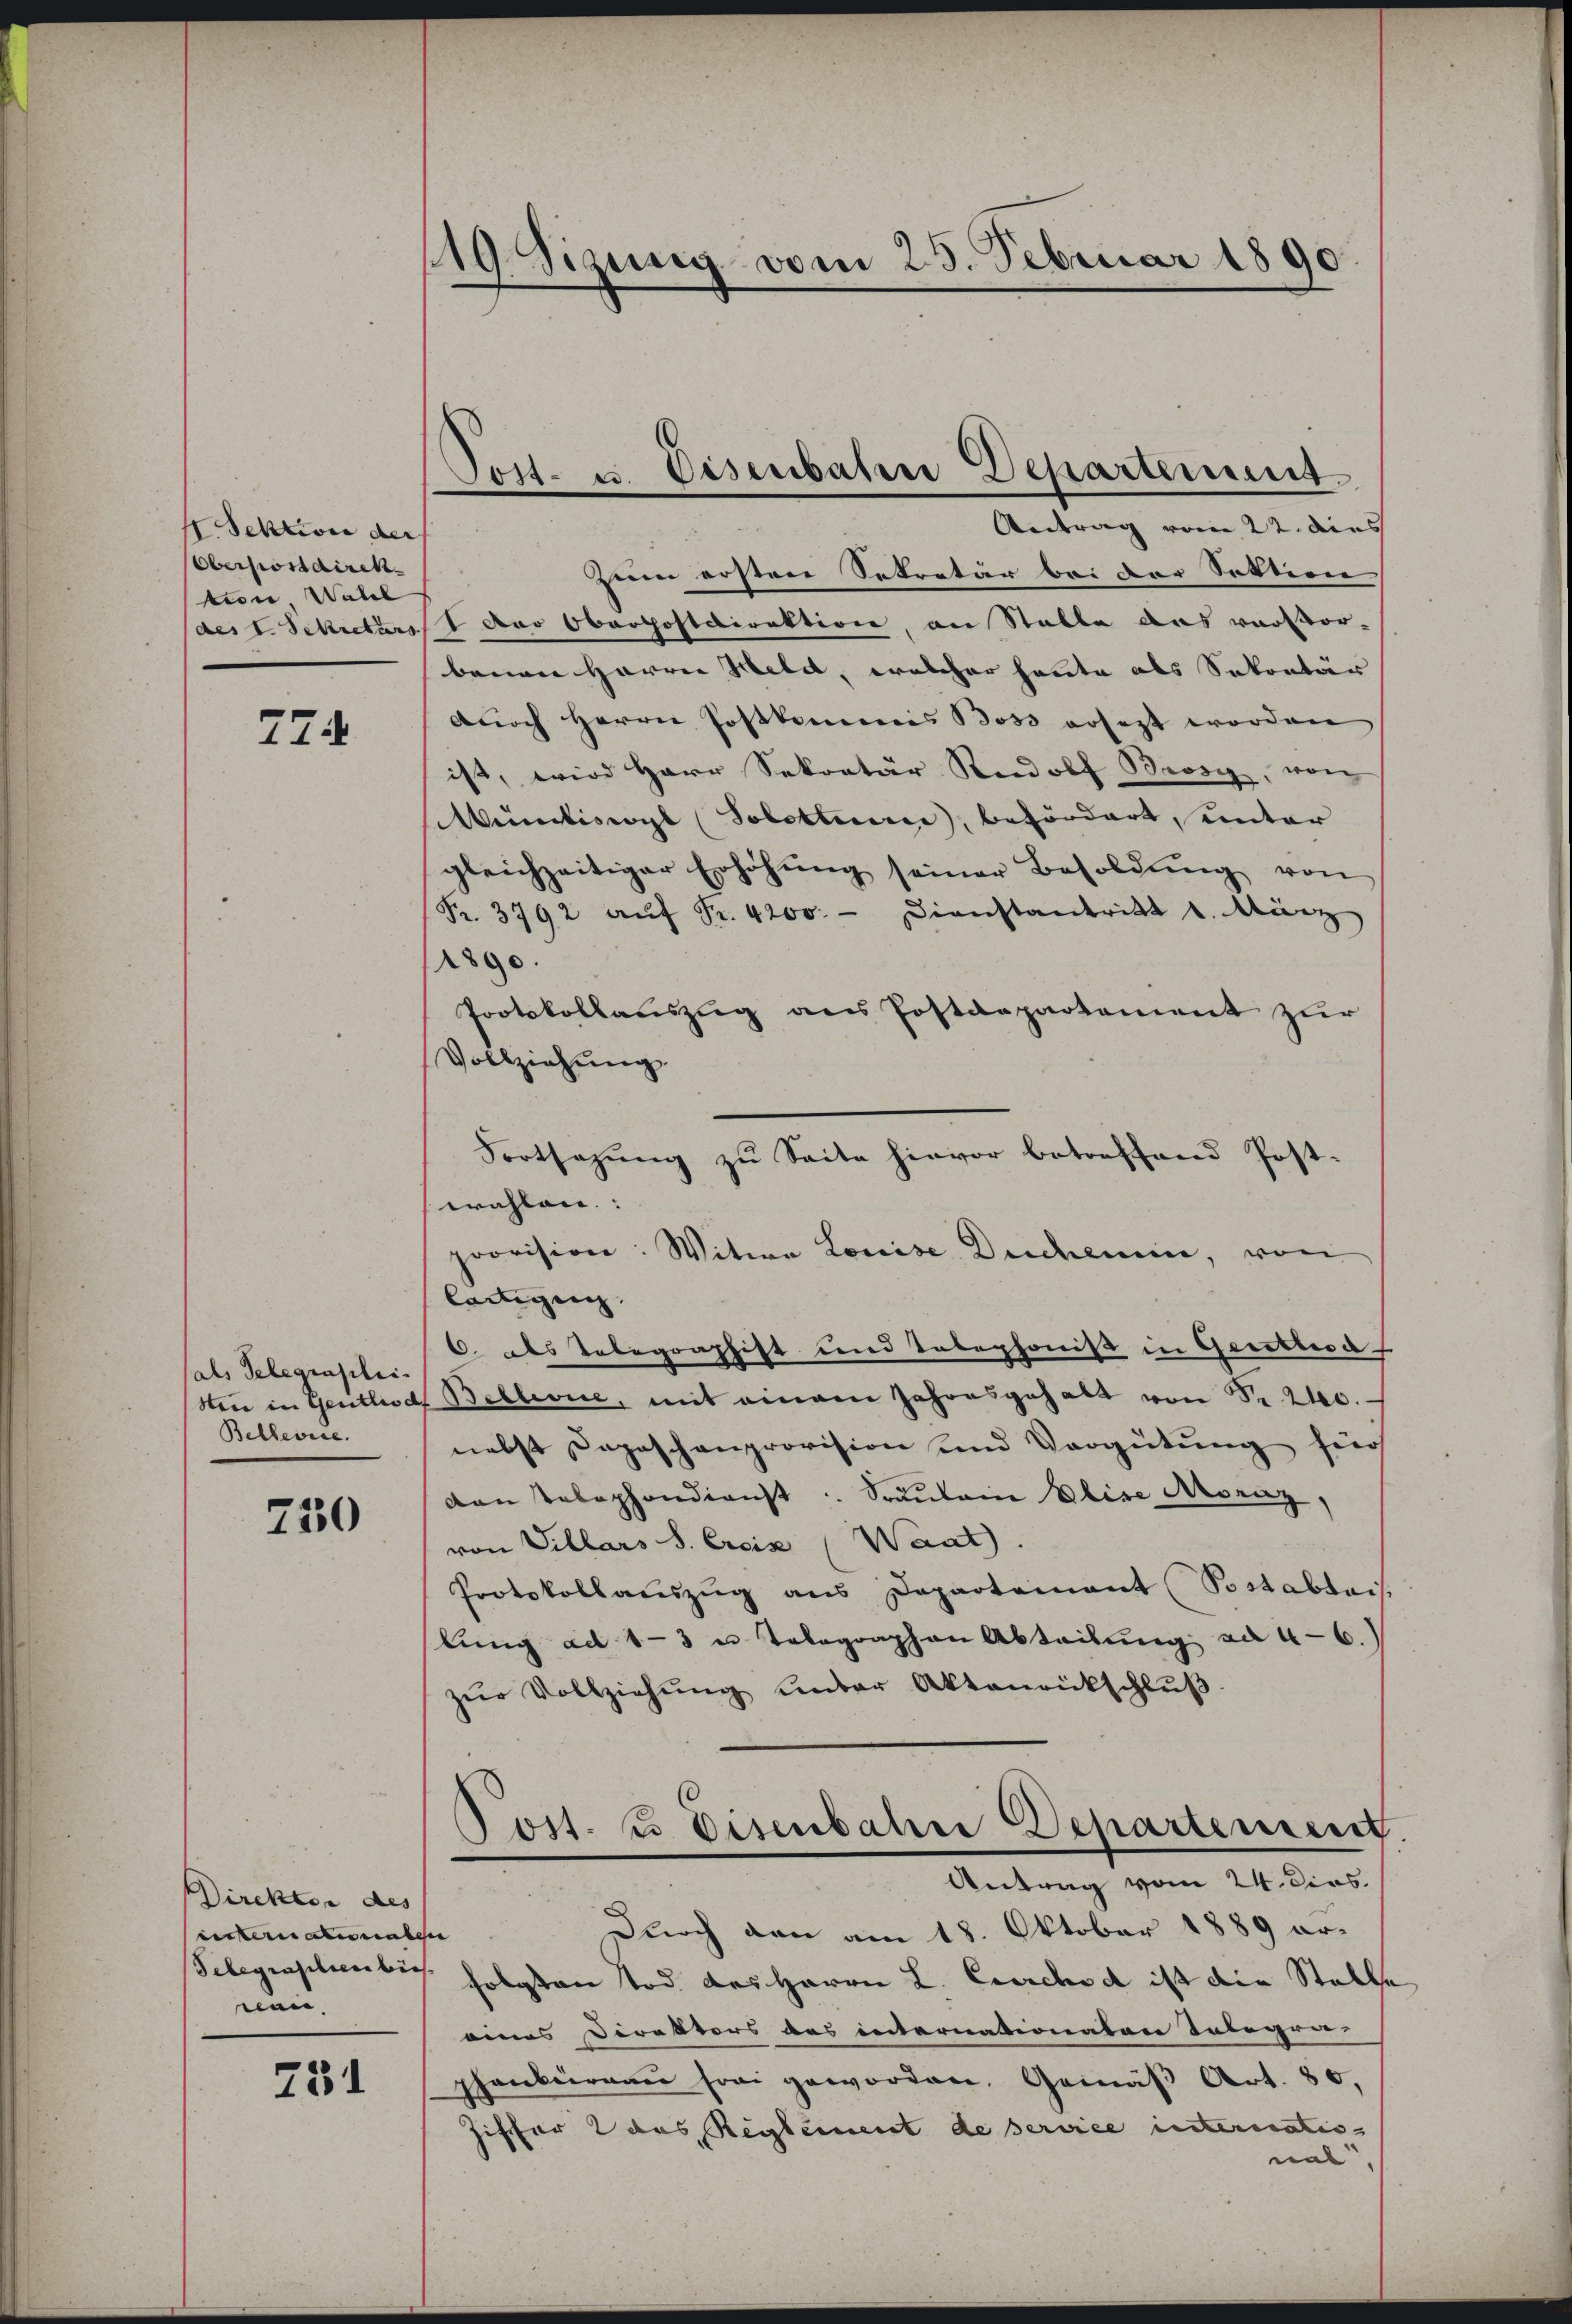
I. Sektion der
Oberpostdirek
tion, Wall
des I. Sekretärs

774

sals Telegraschei
sten in Gentlic
Bellerie.

730

Direktor des
eistern aber aber
nen.

731

119. Sizung vom 25. Februar 1890
d

Post- u. Disenbahn Departement
Antrag vom 22. dies

Zeim ersten Sekretär bei der Sektion
 Der Oberpostdirektion, an Stable das vor vor-
benen Harrer Held, welcher heute als Sekretär
Auch Herrn Postkommnis Boss ersagt worden
ist, wird Herr Sekretär Rudolf Brosi, von
Mündliswyl (Solothure, befördert, unter
gleichzeitiger Erhöhŭng seiner Besoldŭng von
Fr. 3792 aŭf Fr. 4200. - Dienstantritt u. März
1890.
Protokollauszug aus Postdepartement zur
Vollziehung
Fortsezung zu Seite hievor betreffend Postwahlen.
provision: Witwe Louise Dichemine, von
lartigun
6. das Telegraphist und Telephonis in Gerettera
Bellevue, mit einem Jahresgehalt von Fr. 240.
nebst Depeschenprovision und Vergütung für
van Telephondienst. Sautein Elise Moraz,
von Villars S. Croix (Waat
Protokollauszug aus Departeinant (Postabtei.
lung ad 1-3 u Telegraphen Abteilung zu 4-6.)
zŭr Vollziehŭng ŭnter Aktenrückschlŭβ

Selegraphenbuss folgten Tod des Herrn L. Carchod ist die Stelle
eines Direktors des internationaten Tobegri
phenbureau frei geworden, Gemäß Art. 80,
Ziffer 2 das Reglement de service internatio
nal,

Post. 13 Disenbahre Departement
Antrag vom 24. Dies
Durch den am 18. Oktober 1889 ar¬